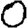
Digit: 0